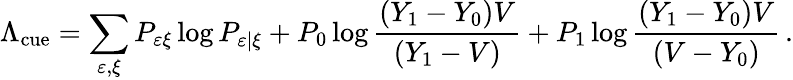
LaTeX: \Lambda_{\textrm{cue}}=\sum_{\varepsilon,\xi}P_{\varepsilon\xi}\log P_{\varepsilon|\xi}+P_{0}\log\frac{(Y_{1}-Y_{0})V}{(Y_{1}-V)}+P_{1}\log\frac{(Y_{1}-Y_{0})V}{(V-Y_{0})}\, .